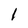
Character: 1